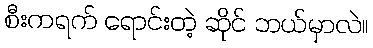
စီးကရက် ရောင်းတဲ့ ဆိုင် ဘယ်မှာလဲ။